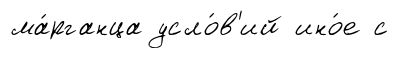
ма́рганца усло́в'ий ино́е с